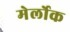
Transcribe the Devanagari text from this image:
मेर्लोक